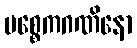
ပစ္စေကဂဏိနော